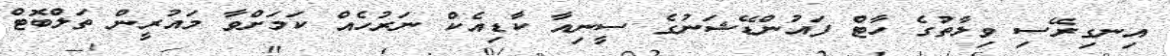
އިނގިރޭސި ވިލާތުގެ ހާޓް ފައުންޑޭޝަނުގެ ސީނިއާ ކާޑިއެކް ނަރުހެއް ކަމަށްވާ މައުރީން ތަލްބޮޓް